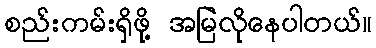
စည်းကမ်းရှိဖို့ အမြဲလိုနေပါတယ်။